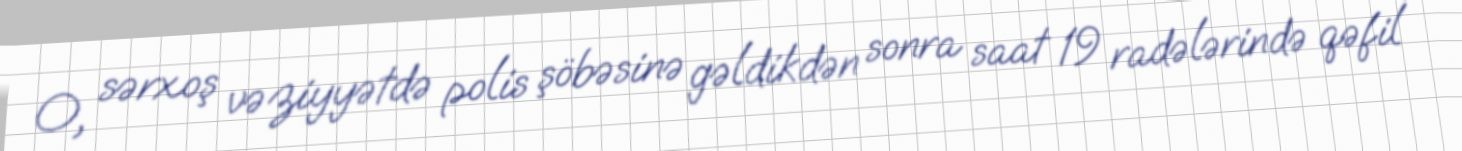
O, sərxoş vəziyyətdə polis şöbəsinə gəldikdən sonra saat 19 radələrində qəfil